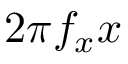
2 \pi f _ { x } x